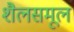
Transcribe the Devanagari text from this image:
शैलसमूल